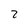
Character: 2